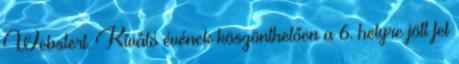
Webstert. Kiváló évének köszönthetően a 6. helyre jött fel